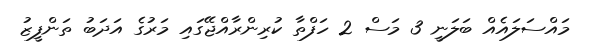
މައްސަލައެއް ބަލަނީ 3 މަސް 2 ހަފްތާ ކުރިންރާއްޖޭގައި މަރުގެ އަދަބު ތަންފީޒު